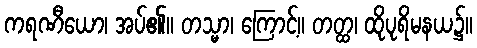
ကရဏီယော၊ အပ်၏။ တသ္မာ၊ ကြောင့်။ တတ္ထ၊ ထိုပုရိမနယ၌။